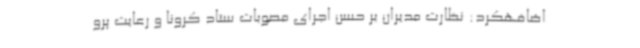
اضافهکرد: نظارت مدیران بر حسن اجرای مصوبات ستاد کرونا و رعایت پرو